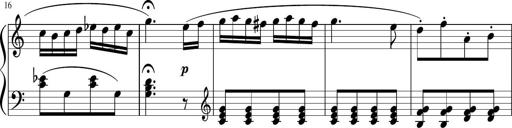
Title: 3 Sonatinen
Composer: Heinrich Lichner